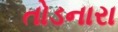
તોડનારા